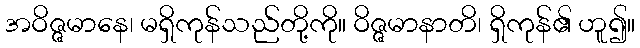
အဝိဇ္ဇမာနေ၊ မရှိကုန်သည်တို့ကို။ ဝိဇ္ဇမာနာတိ၊ ရှိကုန်၏ ဟူ၍။